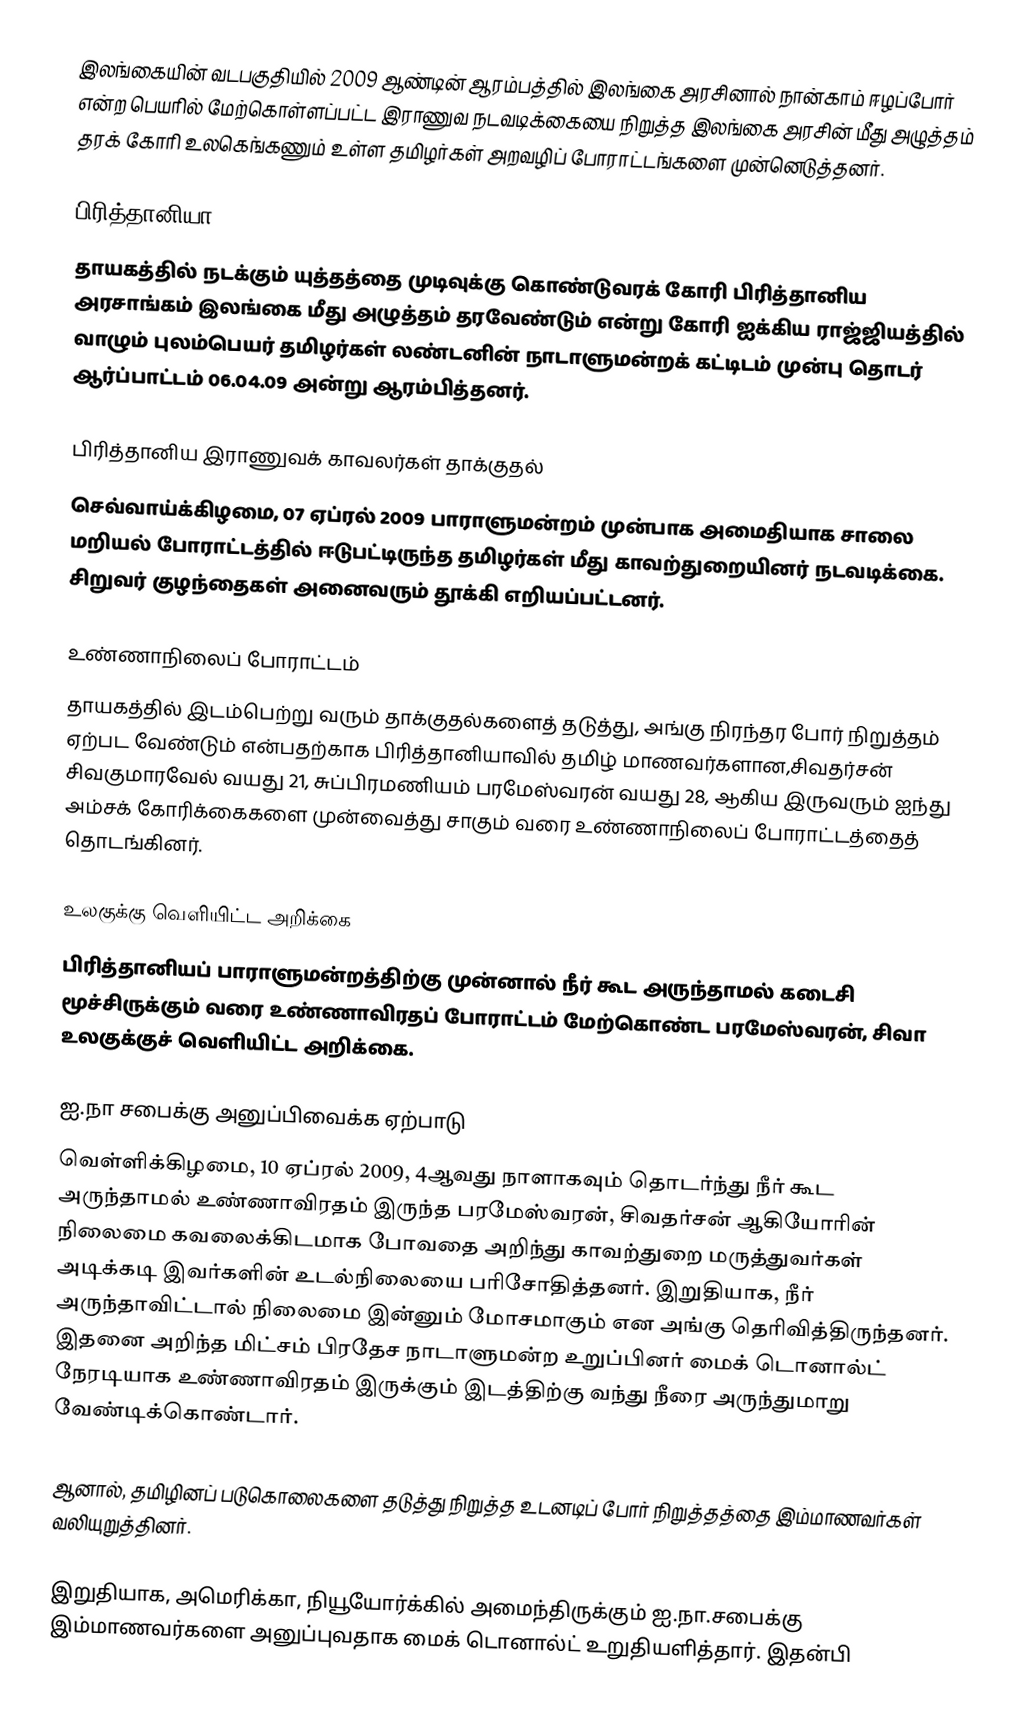
இலங்கையின் வடபகுதியில் 2009 ஆண்டின் ஆரம்பத்தில் இலங்கை அரசினால் நான்காம் ஈழப்போர் என்ற பெயரில் மேற்கொள்ளப்பட்ட இராணுவ நடவடிக்கையை நிறுத்த இலங்கை அரசின் மீது அழுத்தம் தரக் கோரி உலகெங்கணும் உள்ள தமிழர்கள் அறவழிப் போராட்டங்களை முன்னெடுத்தனர்.

பிரித்தானியா
தாயகத்தில் நடக்கும் யுத்தத்தை முடிவுக்கு கொண்டுவரக் கோரி பிரித்தானிய அரசாங்கம் இலங்கை மீது அழுத்தம் தரவேண்டும் என்று கோரி ஐக்கிய ராஜ்ஜியத்தில் வாழும் புலம்பெயர் தமிழர்கள் லண்டனின் நாடாளுமன்றக் கட்டிடம் முன்பு தொடர் ஆர்ப்பாட்டம் 06.04.09 அன்று ஆரம்பித்தனர்.

பிரித்தானிய இராணுவக் காவலர்கள் தாக்குதல்
செவ்வாய்க்கிழமை, 07 ஏப்ரல் 2009 பாராளுமன்றம் முன்பாக அமைதியாக சாலை மறியல் போராட்டத்தில் ஈடுபட்டிருந்த தமிழர்கள் மீது காவற்துறையினர் நடவடிக்கை. சிறுவர் குழந்தைகள் அனைவரும் தூக்கி எறியப்பட்டனர்.

உண்ணாநிலைப் போராட்டம்
தாயகத்தில்  இடம்பெற்று வரும் தாக்குதல்களைத் தடுத்து, அங்கு நிரந்தர போர் நிறுத்தம் ஏற்பட வேண்டும் என்பதற்காக பிரித்தானியாவில் தமிழ் மாணவர்களான,சிவதர்சன் சிவகுமாரவேல் வயது 21,  சுப்பிரமணியம் பரமேஸ்வரன் வயது 28, ஆகிய இருவரும் ஐந்து அம்சக் கோரிக்கைகளை முன்வைத்து சாகும் வரை உண்ணாநிலைப் போராட்டத்தைத் தொடங்கினர்.

உலகுக்கு வெளியிட்ட அறிக்கை
பிரித்தானியப் பாராளுமன்றத்திற்கு முன்னால் நீர் கூட அருந்தாமல் கடைசி மூச்சிருக்கும் வரை உண்ணாவிரதப் போராட்டம் மேற்கொண்ட பரமேஸ்வரன், சிவா உலகுக்குச் வெளியிட்ட அறிக்கை.

ஐ.நா சபைக்கு அனுப்பிவைக்க ஏற்பாடு
வெள்ளிக்கிழமை, 10 ஏப்ரல் 2009, 4ஆவது நாளாகவும் தொடர்ந்து நீர் கூட அருந்தாமல் உண்ணாவிரதம் இருந்த பரமேஸ்வரன், சிவதர்சன் ஆகியோரின் நிலைமை கவலைக்கிடமாக போவதை அறிந்து காவற்துறை மருத்துவர்கள் அடிக்கடி இவர்களின் உடல்நிலையை பரிசோதித்தனர். இறுதியாக, நீர் அருந்தாவிட்டால் நிலைமை இன்னும் மோசமாகும் என அங்கு தெரிவித்திருந்தனர். இதனை அறிந்த மிட்சம் பிரதேச நாடாளுமன்ற உறுப்பினர் மைக் டொனால்ட் நேரடியாக உண்ணாவிரதம் இருக்கும் இடத்திற்கு வந்து நீரை அருந்துமாறு வேண்டிக்கொண்டார்.

ஆனால், தமிழினப் படுகொலைகளை தடுத்து நிறுத்த உடனடிப் போர் நிறுத்தத்தை இம்மாணவர்கள் வலியுறுத்தினர்.

இறுதியாக,  அமெரிக்கா, நியூயோர்க்கில் அமைந்திருக்கும் ஐ.நா.சபைக்கு இம்மாணவர்களை அனுப்புவதாக மைக் டொனால்ட் உறுதியளித்தார். இதன்பி